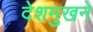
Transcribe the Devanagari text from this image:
देशमुखने